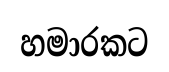
හමාරකට